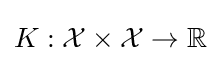
K:{\mathcal {X}}\times {\mathcal {X}}\to \mathbb {R}